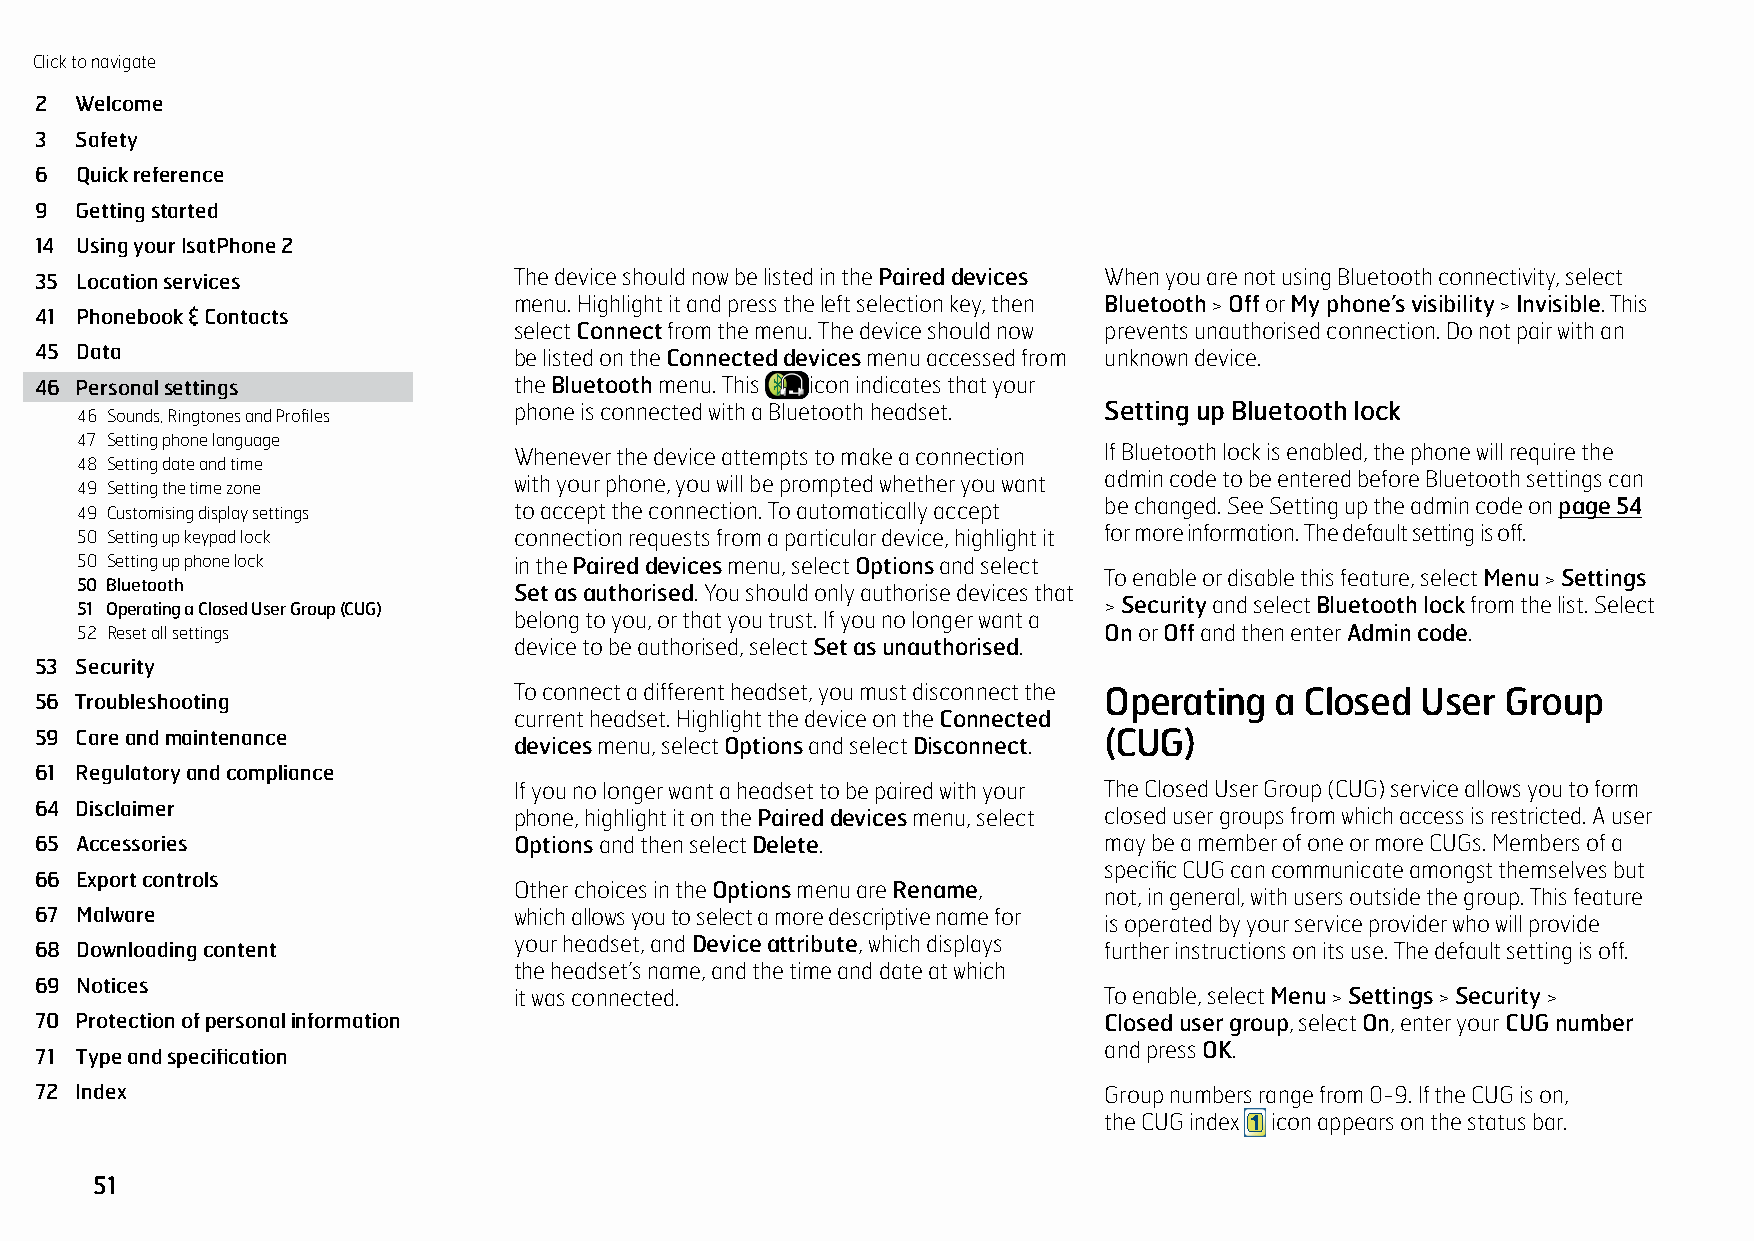
Click to navigate
 2  Welcome
 3  Safety
 6  Quick reference
 9  Getting started
 14 Using your IsatPhone 2
 35 Location services            The device should now be listed in the Paired devices When you are not using Bluetooth connectivity, select
 menu. Highlight it and press the left selection key, then Bluetooth > Off or My phone’s visibility > Invisible. This
 41 Phonebook & Contacts
 select Connect from the menu. The device should now prevents unauthorised connection. Do not pair with an
 45 Data                         be listed on the Connected devices menu accessed from unknown device.
 46 Personal settings            the Bluetooth menu. This icon indicates that your
 46 Sounds, Ringtones and Profiles phone is connected with a Bluetooth headset. Setting up Bluetooth lock
 47 Setting phone language
 Whenever the device attempts to make a connection If Bluetooth lock is enabled, the phone will require the
 48 Setting date and time
 with your phone, you will be prompted whether you want admin code to be entered before Bluetooth settings can
 49 Setting the time zone
 49 Customising display settings to accept the connection. To automatically accept be changed. See Setting up the admin code on page 54
 50 Setting up keypad lock    connection requests from a particular device, highlight it for more information. The default setting is off.
 50 Setting up phone lock     in the Paired devices menu, select Options and select
 To enable or disable this feature, select Menu > Settings
 50 Bluetooth                 Set as authorised. You should only authorise devices that
 51 Operating a Closed User Group (CUG)                              > Security and select Bluetooth lock from the list. Select
 belong to you, or that you trust. If you no longer want a
 52 Reset all settings                                               On or Off and then enter Admin code.
 device to be authorised, select Set as unauthorised.
 53 Security
 To connect a different headset, you must disconnect the Operating a Closed User Group
 56 Troubleshooting
 current headset. Highlight the device on the Connected
 59 Care and maintenance                                                (CUG)
 devices menu, select Options and select Disconnect.
 61 Regulatory and compliance
 If you no longer want a headset to be paired with your The Closed User Group (CUG) service allows you to form
 64 Disclaimer
 phone, highlight it on the Paired devices menu, select closed user groups from which access is restricted. A user
 65 Accessories                  Options and then select Delete.        may be a member of one or more CUGs. Members of a
 specific CUG can communicate amongst themselves but
 66 Export controls
 Other choices in the Options menu are Rename,
 not, in general, with users outside the group. This feature
 67 Malware                      which allows you to select a more descriptive name for
 is operated by your service provider who will provide
 your headset, and Device attribute, which displays
 68 Downloading content                                                 further instructions on its use. The default setting is off.
 the headset’s name, and the time and date at which
 69 Notices
 it was connected.                      To enable, select Menu > Settings > Security >
 70 Protection of personal information                                  Closed user group, select On, enter your CUG number
 and press OK.
 71 Type and specification
 72 Index                                                               Group numbers range from 0-9. If the CUG is on,
 the CUG index icon appears on the status bar.
 51